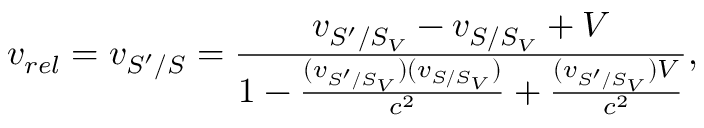
v _ { r e l } = v _ { S ^ { \prime } / S } = \frac { v _ { S ^ { \prime } / S _ { V } } - v _ { S / S _ { V } } + V } { 1 - \frac { ( v _ { S ^ { \prime } / S _ { V } } ) ( v _ { S / S _ { V } } ) } { c ^ { 2 } } + \frac { ( v _ { S ^ { \prime } / S _ { V } } ) V } { c ^ { 2 } } } ,